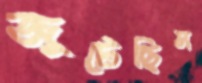
জুটেছিস